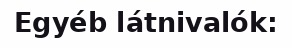
Egyéb látnivalók: